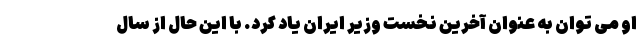
او می توان به عنوان آخرین نخست وزیر ایران یاد کرد. با این حال از سال